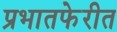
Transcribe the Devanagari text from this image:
प्रभातफेरीत